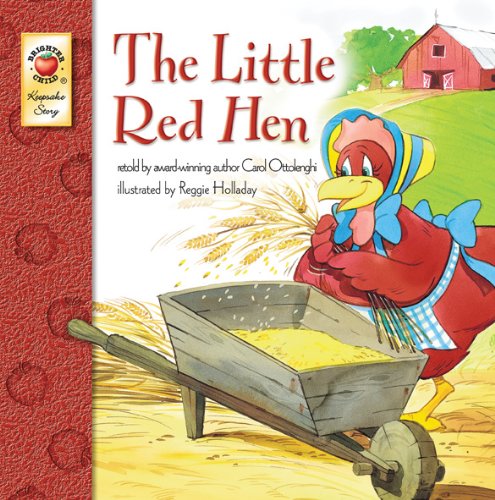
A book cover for The Little Red Hen; Carol Ottolenghi; Children's Books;